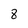
Character: 8